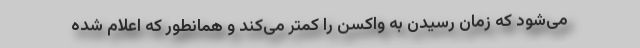
می‌شود که زمان رسیدن به واکسن را کمتر می‌کند و همانطور که اعلام شده